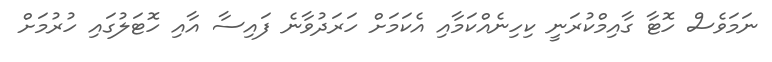
ނަމަވެސް ހޮޓާ ގާއިމްކުރަނީ ކިހިނެއްކަމާއި އެކަމަށް ހަރަދުވާނެ ފައިސާ އާއި ހޮޓަލުގައި ހުރުމަށް